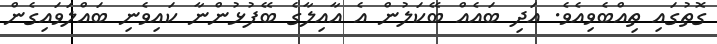
ގޮތުގައި ތިއްބެވިއެވެ. އަދި ބައެއް ބޭކަލުން އެ އާއިލާގެ ބޭފުޅުންނާ ކައިވެނި ބައްލަވައިގެން